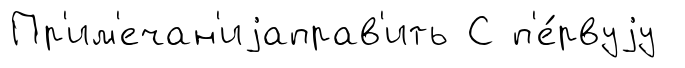
Пр'им'ечан'иjаправ'ить С п'е́рвуjу